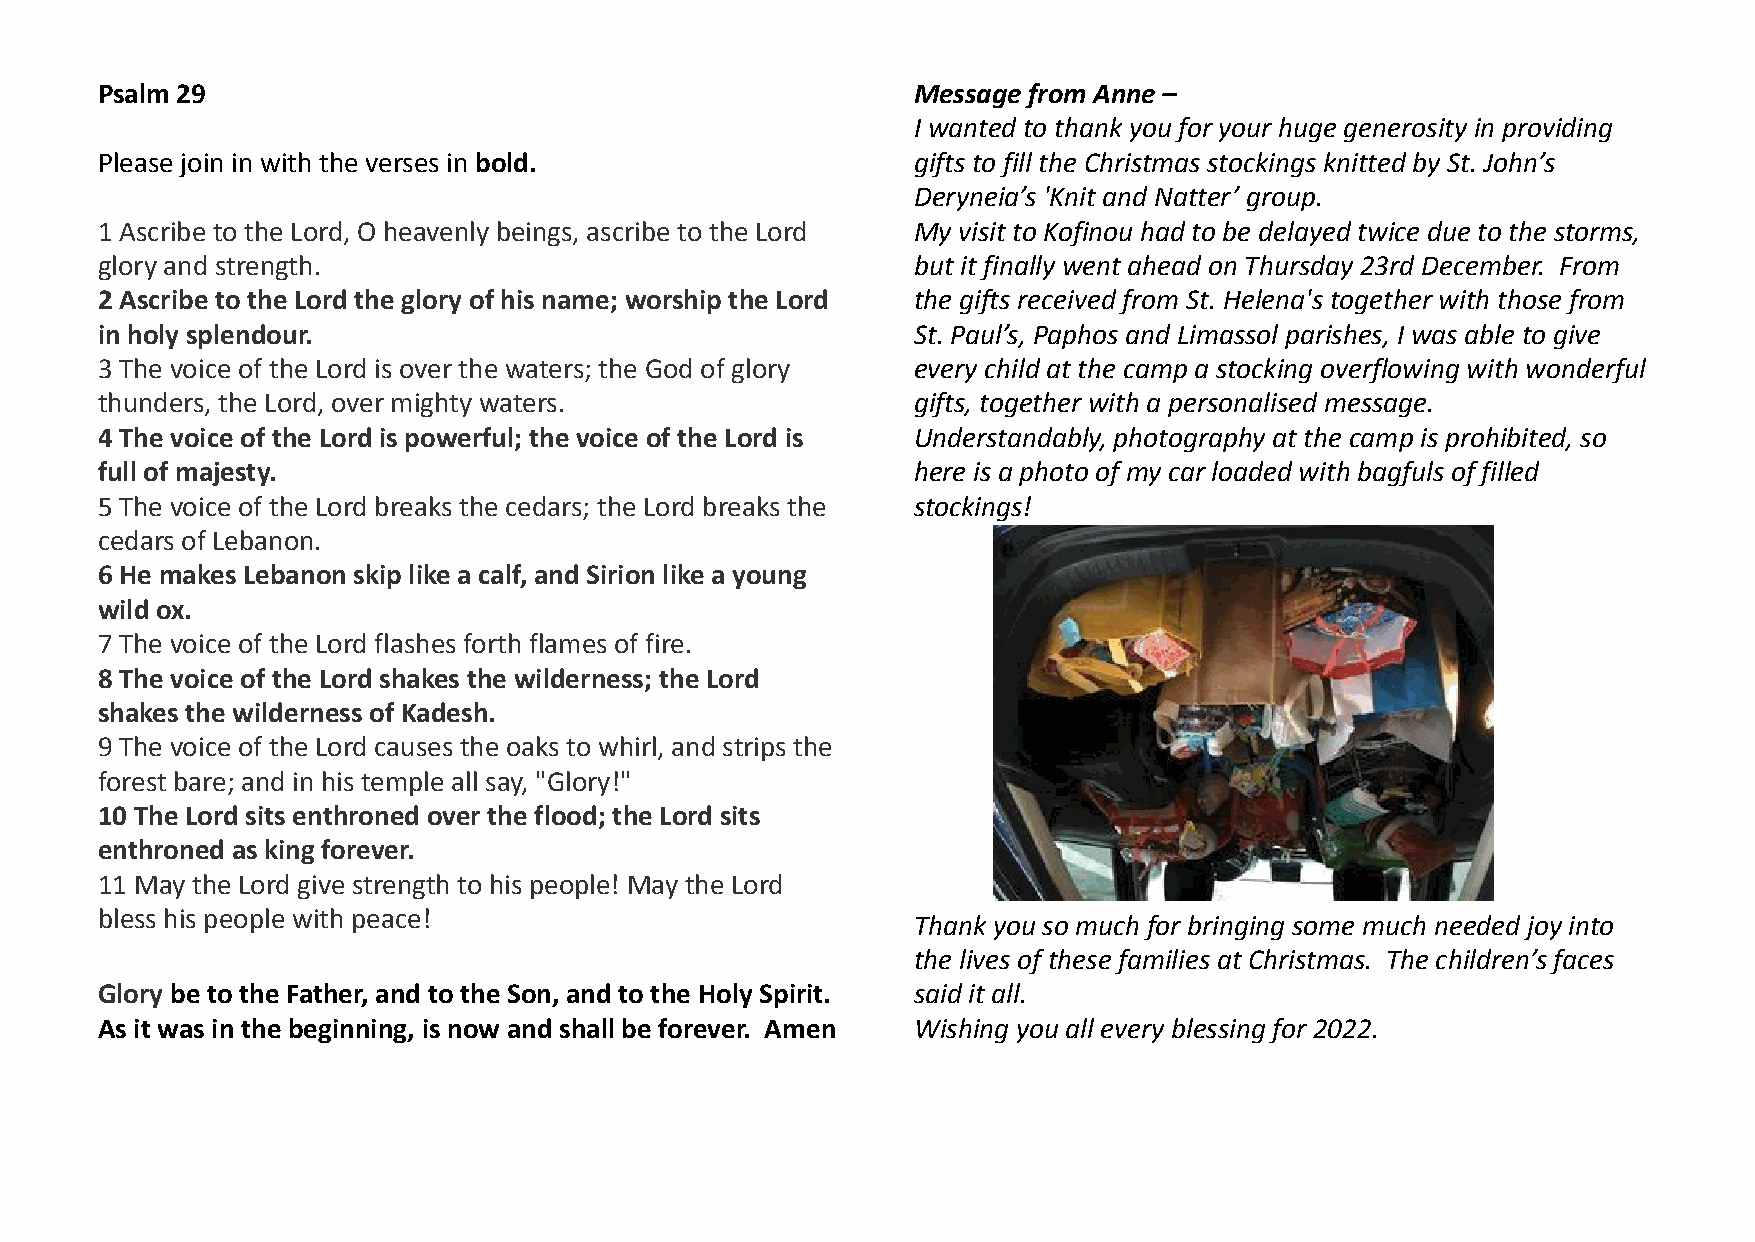
Psalm 29                                              Message from Anne –
 I wanted to thank you for your huge generosity in providing
 Please join in with the verses in bold.               gifts to fill the Christmas stockings knitted by St. John’s
 Deryneia’s 'Knit and Natter’ group.
 1 Ascribe to the Lord, O heavenly beings, ascribe to the Lord My visit to Kofinou had to be delayed twice due to the storms,
 glory and strength.                                   but it finally went ahead on Thursday 23rd December. From
 2 Ascribe to the Lord the glory of his name; worship the Lord the gifts received from St. Helena's together with those from
 in holy splendour.                                    St. Paul’s, Paphos and Limassol parishes, I was able to give
 3 The voice of the Lord is over the waters; the God of glory every child at the camp a stocking overflowing with wonderful
 thunders, the Lord, over mighty waters.               gifts, together with a personalised message.
 4 The voice of the Lord is powerful; the voice of the Lord is Understandably, photography at the camp is prohibited, so
 full of majesty.                                      here is a photo of my car loaded with bagfuls of filled
 5 The voice of the Lord breaks the cedars; the Lord breaks the stockings!
 cedars of Lebanon.
 6 He makes Lebanon skip like a calf, and Sirion like a young
 wild ox.
 7 The voice of the Lord flashes forth flames of fire.
 8 The voice of the Lord shakes the wilderness; the Lord
 shakes the wilderness of Kadesh.
 9 The voice of the Lord causes the oaks to whirl, and strips the
 forest bare; and in his temple all say, "Glory!"
 10 The Lord sits enthroned over the flood; the Lord sits
 enthroned as king forever.
 11 May the Lord give strength to his people! May the Lord
 bless his people with peace!                          Thank you so much for bringing some much needed joy into
 the lives of these families at Christmas. The children’s faces
 Glory be to the Father, and to the Son, and to the Holy Spirit. said it all.
 As it was in the beginning, is now and shall be forever. Amen Wishing you all every blessing for 2022.